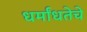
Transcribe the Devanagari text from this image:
धर्मांधतेचे